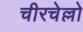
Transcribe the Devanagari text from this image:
चीरचेल्लो